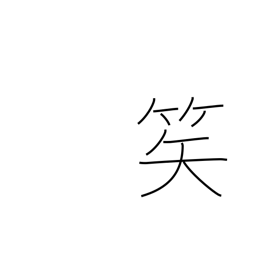
Meaning: arrow